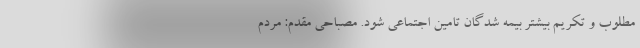
مطلوب و تكريم بيشتر بيمه شدگان تامين اجتماعي شود. مصباحی مقدم: مردم